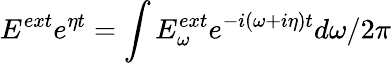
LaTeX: E^{ext}e^{\eta t}=\int E_{\omega}^{ext}e^{-i(\omega+i\eta)t}d\omega/2\pi